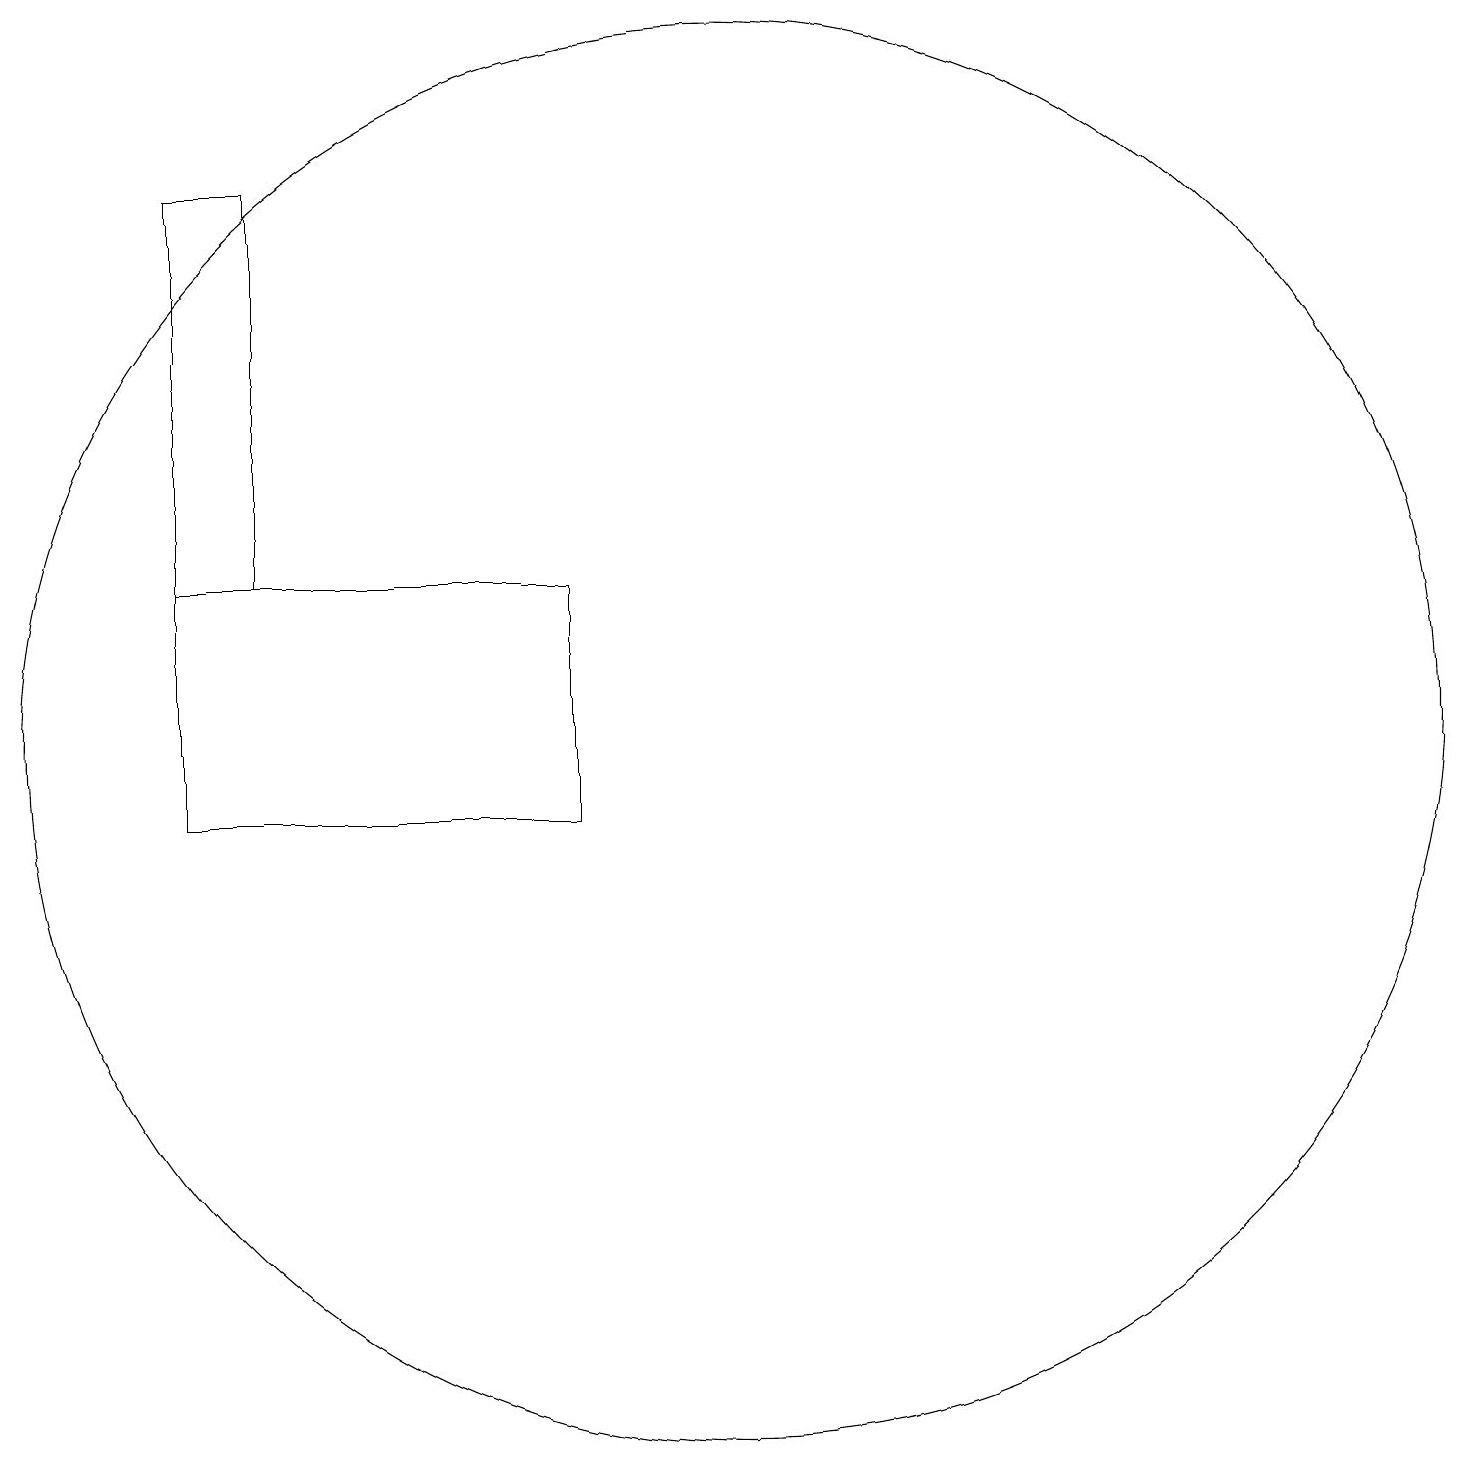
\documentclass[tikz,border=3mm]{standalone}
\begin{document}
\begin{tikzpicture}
\draw (9,11) rectangle (4,14);
\draw (11,12) circle (9);
\draw (4,19) rectangle (5,14);
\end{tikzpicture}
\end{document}